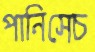
পানিসেচ